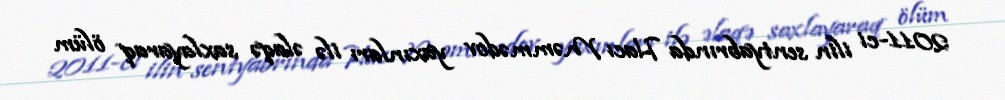
2011-ci ilin sentyabrında Hacı Məmmədov yaxınları ilə əlaqə saxlayaraq ölüm